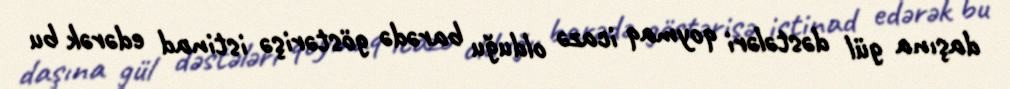
daşına gül dəstələri qoymaq icazə olduğu barədə göstərişə istinad edərək bu